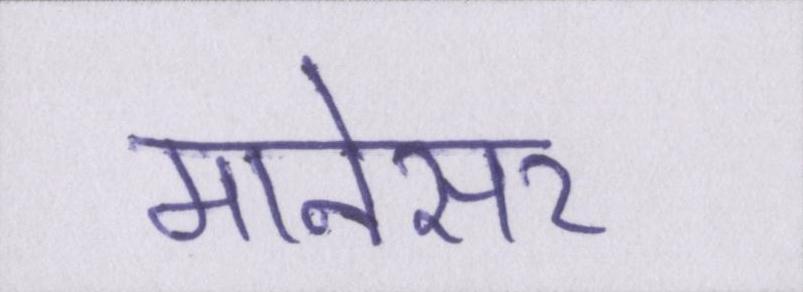
मानेसर